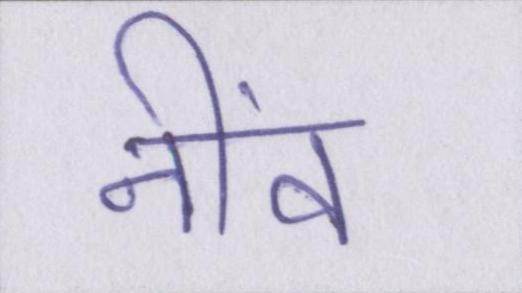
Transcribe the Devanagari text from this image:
नींव